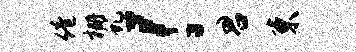
倦栅虬！君束